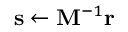
\mathbf { s } \leftarrow \mathbf { M } ^ { - 1 } \mathbf { r }